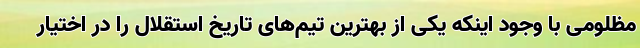
مظلومی با وجود اینکه یکی از بهترین تیم‌های تاریخ استقلال را در اختیار